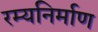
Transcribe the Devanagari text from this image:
रम्यनिर्माण